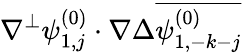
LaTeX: \nabla^{\perp}\psi_{1,j}^{(0)}\cdot\nabla\Delta\overline{{\psi_{1,-k-j}^{(0)}}}